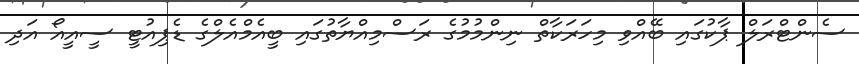
ސެންޓްރަލް ޕާކުގައި ބޭއްވި މިހަރަކާތް ނިންމުމުގެ ރަސްމިއްޔާތުގައި ބީއެމްއެލްގެ ޑެޕިއުޓީ ސީއީއޯ އަދި